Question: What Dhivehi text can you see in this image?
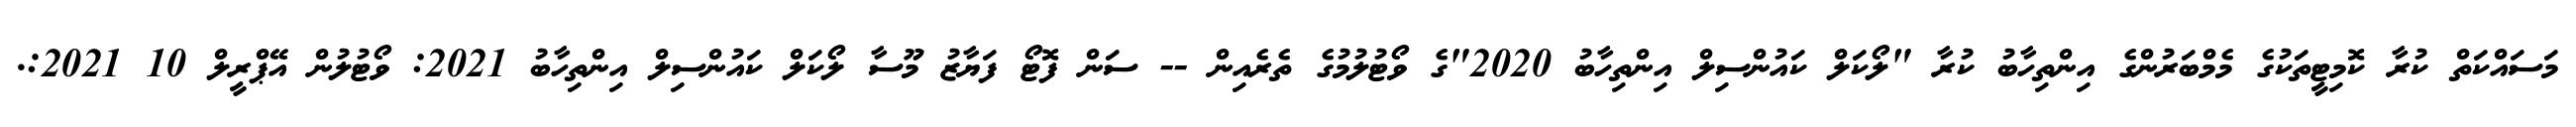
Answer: މަސައްކަތް ކުރާ ކޮމިޓީތަކުގެ މެމްބަރުންގެ އިންތިހާބު ކުރާ "ލޯކަލް ކައުންސިލް އިންތިހާބު 2020"ގެ ވޯޓުލުމުގެ ތެރެއިން -- ސަން ފޮޓޯ ފަޔާޒު މޫސާ ލޯކަލް ކައުންސިލް އިންތިހާބު 2021: ވޯޓުލުން އޭޕްރީލް 10 2021:.